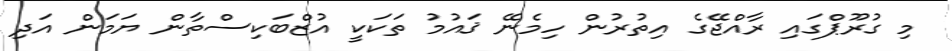
މި ގުރޫޕްގައި ރާއްޖޭގެ އިތުރުން ހިމެނޭ ޤައުމު ތަކަކީ އުޒްބަކިސްތާން ޔަމަން އަދި